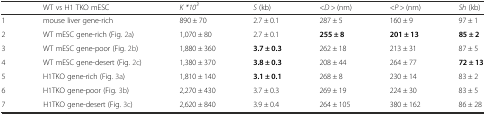
<table><thead><tr><td></td><td><b>WT vs H1 TKO mESC</b></td><td><b><i>K *10</i><sup><i>3</i></sup></b></td><td><b><i>S</i> (kb)</b></td><td><b>&lt;<i>D</i> &gt; (nm)</b></td><td><b>&lt;<i>P</i> &gt; (nm)</b></td><td><b><i>Sh</i> (kb)</b></td></tr></thead><tbody><tr><td>1</td><td>mouse liver gene-rich</td><td>890 ± 70</td><td>2.7 ± 0.1</td><td>287 ± 5</td><td>160 ± 9</td><td>97 ± 1</td></tr><tr><td>2</td><td>WT mESC gene-rich (Fig. 2a)</td><td>1,070 ± 80</td><td>2.7 ± 0.1</td><td><b>255 ± 8</b></td><td><b>201 ± 13</b></td><td><b>85 ± 2</b></td></tr><tr><td>3</td><td>WT mESC gene-poor (Fig. 2b)</td><td>1,880 ± 360</td><td><b>3.7 ± 0.3</b></td><td>262 ± 18</td><td>213 ± 31</td><td>87 ± 5</td></tr><tr><td>4</td><td>WT mESC gene-desert (Fig. 2c)</td><td>1,380 ± 370</td><td><b>3.8 ± 0.3</b></td><td>208 ± 44</td><td>264 ± 77</td><td><b>72 ± 13</b></td></tr><tr><td>5</td><td>H1TKO gene-rich (Fig. 3a)</td><td>1,810 ± 140</td><td><b>3.1 ± 0.1</b></td><td>268 ± 8</td><td>230 ± 14</td><td>83 ± 2</td></tr><tr><td>6</td><td>H1TKO gene-poor (Fig. 3b)</td><td>2,270 ± 430</td><td>3.7 ± 0.3</td><td>269 ± 19</td><td>224 ± 30</td><td>83 ± 5</td></tr><tr><td>7</td><td>H1TKO gene-desert (Fig. 3c)</td><td>2,620 ± 840</td><td>3.9 ± 0.4</td><td>264 ± 105</td><td>380 ± 162</td><td>86 ± 28</td></tr></tbody></table>